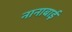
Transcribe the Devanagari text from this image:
नानाबाई